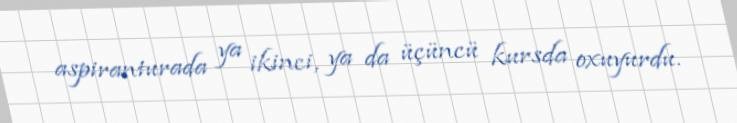
aspiranturada ya ikinci, ya da üçüncü kursda oxuyurdu.